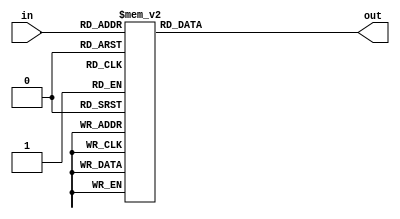
// This program was cloned from: https://github.com/Modos-Labs/Caster
// License: CERN Open Hardware Licence Version 2 - Permissive

// Copyright Wenting Zhang 2024
//
// This source describes Open Hardware and is licensed under the CERN-OHL-P v2
//
// You may redistribute and modify this documentation and make products using
// it under the terms of the CERN-OHL-P v2 (https:/cern.ch/cern-ohl). This
// documentation is distributed WITHOUT ANY EXPRESS OR IMPLIED WARRANTY,
// INCLUDING OF MERCHANTABILITY, SATISFACTORY QUALITY AND FITNESS FOR A
// PARTICULAR PURPOSE. Please see the CERN-OHL-P v2 for applicable conditions
//
// degamma.v
// Approximately convert from sRGB color space (gamma = 2.2) to linear space
//
`default_nettype none
`timescale 1ns / 1ps
module degamma(
    input wire [5:0] in,
    output reg [7:0] out
);

    // Should only use 8 LUT6s.
    always @(in) begin
        case (in)
        6'd0: out = 8'd0;
        6'd1: out = 8'd0;
        6'd2: out = 8'd0;
        6'd3: out = 8'd0;
        6'd4: out = 8'd1;
        6'd5: out = 8'd1;
        6'd6: out = 8'd1;
        6'd7: out = 8'd2;
        6'd8: out = 8'd3;
        6'd9: out = 8'd4;
        6'd10: out = 8'd4;
        6'd11: out = 8'd5;
        6'd12: out = 8'd7;
        6'd13: out = 8'd8;
        6'd14: out = 8'd9;
        6'd15: out = 8'd11;
        6'd16: out = 8'd13;
        6'd17: out = 8'd14;
        6'd18: out = 8'd16;
        6'd19: out = 8'd18;
        6'd20: out = 8'd20;
        6'd21: out = 8'd23;
        6'd22: out = 8'd25;
        6'd23: out = 8'd28;
        6'd24: out = 8'd31;
        6'd25: out = 8'd33;
        6'd26: out = 8'd36;
        6'd27: out = 8'd40;
        6'd28: out = 8'd43;
        6'd29: out = 8'd46;
        6'd30: out = 8'd50;
        6'd31: out = 8'd54;
        6'd32: out = 8'd57;
        6'd33: out = 8'd61;
        6'd34: out = 8'd66;
        6'd35: out = 8'd70;
        6'd36: out = 8'd74;
        6'd37: out = 8'd79;
        6'd38: out = 8'd84;
        6'd39: out = 8'd89;
        6'd40: out = 8'd94;
        6'd41: out = 8'd99;
        6'd42: out = 8'd105;
        6'd43: out = 8'd110;
        6'd44: out = 8'd116;
        6'd45: out = 8'd122;
        6'd46: out = 8'd128;
        6'd47: out = 8'd134;
        6'd48: out = 8'd140;
        6'd49: out = 8'd147;
        6'd50: out = 8'd153;
        6'd51: out = 8'd160;
        6'd52: out = 8'd167;
        6'd53: out = 8'd174;
        6'd54: out = 8'd182;
        6'd55: out = 8'd189;
        6'd56: out = 8'd197;
        6'd57: out = 8'd205;
        6'd58: out = 8'd213;
        6'd59: out = 8'd221;
        6'd60: out = 8'd229;
        6'd61: out = 8'd238;
        6'd62: out = 8'd246;
        6'd63: out = 8'd255;
        endcase
    end

endmodule
`default_nettype wire